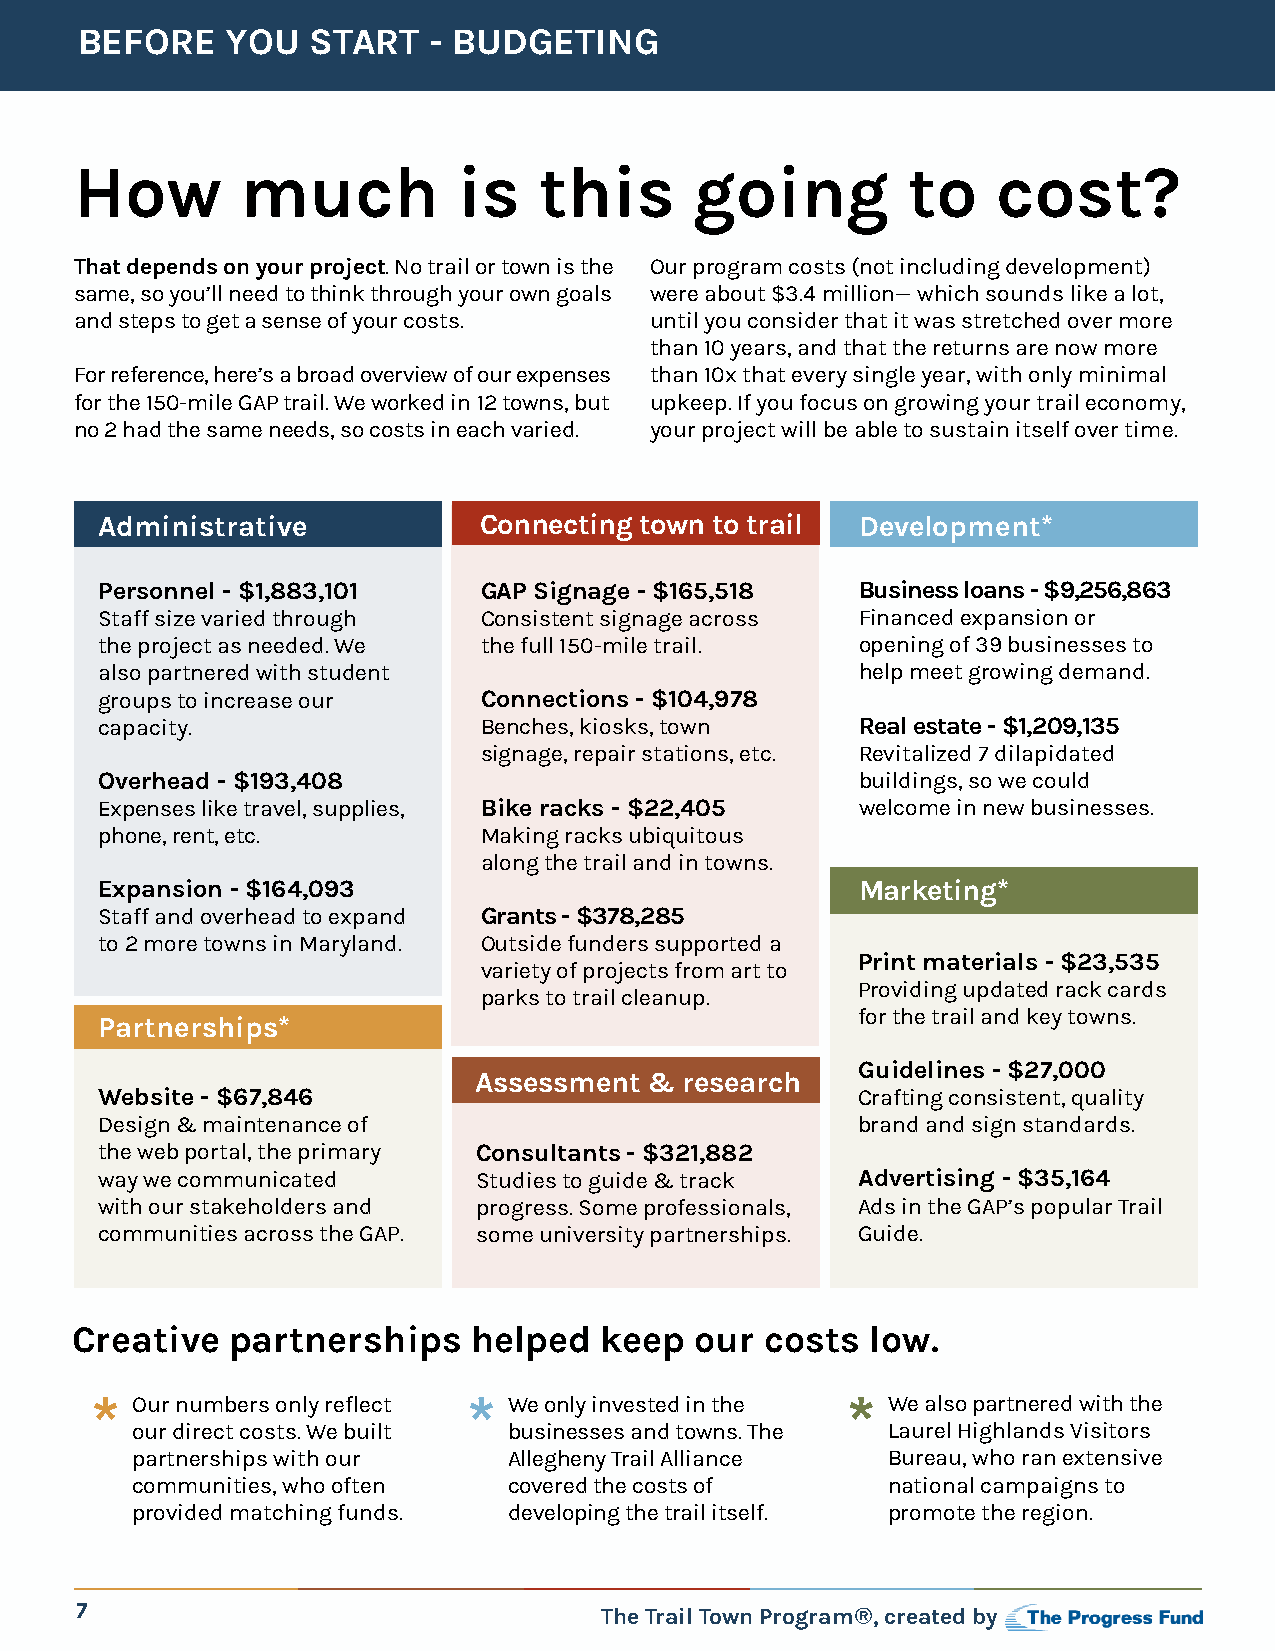
BEFORE    YOU  START   - BUDGETING
 How        much          is    this      going         to    cost?
 That depends on your project. No trail or town is the Our program costs (not including development)
 same, so you’ll need to think through your own goals were about $3.4 million— which sounds like a lot,
 and steps to get a sense of your costs. until you consider that it was stretched over more
 than 10 years, and that the returns are now more
 For reference, here’s a broad overview of our expenses than 10x that every single year, with only minimal
 for the 150-mile GAP trail. We worked in 12 towns, but upkeep. If you focus on growing your trail economy,
 no 2 had the same needs, so costs in each varied. your project will be able to sustain itself over time.
 Administrative           Connecting town to trail Development*
 Personnel - $1,883,101   GAP Signage - $165,518   Business loans - $9,256,863
 Staff size varied through Consistent signage across Financed expansion or
 the project as needed. We the full 150-mile trail. opening of 39 businesses to
 also partnered with student                       help meet growing demand.
 groups to increase our   Connections - $104,978
 capacity.                Benches, kiosks, town    Real estate - $1,209,135
 signage, repair stations, etc. Revitalized 7 dilapidated
 Overhead - $193,408                               buildings, so we could
 Expenses like travel, supplies, Bike racks - $22,405 welcome in new businesses.
 phone, rent, etc.        Making racks ubiquitous
 along the trail and in towns.
 Expansion - $164,093                              Marketing*
 Staff and overhead to expand Grants - $378,285
 to 2 more towns in Maryland. Outside funders supported a
 Print materials - $23,535
 variety of projects from art to
 Providing updated rack cards
 parks to trail cleanup.
 for the trail and key towns.
 Partnerships*
 Guidelines - $27,000
 Assessment  & research
 Website - $67,846                                  Crafting consistent, quality
 Design & maintenance of                            brand and sign standards.
 the web portal, the primary Consultants - $321,882
 way we communicated       Studies to guide & track Advertising - $35,164
 with our stakeholders and progress. Some professionals, Ads in the GAP’s popular Trail
 communities across the GAP. some university partnerships. Guide.
 Creative  partnerships    helped   keep  our  costs  low.
 *  Our numbers only reflect * We only invested in the * We also partnered with the
 our direct costs. We built businesses and towns. The Laurel Highlands Visitors
 partnerships with our    Allegheny Trail Alliance Bureau, who ran extensive
 communities, who often   covered the costs of     national campaigns to
 provided matching funds. developing the trail itself. promote the region.
 7                                  The Trail Town Program®, created by